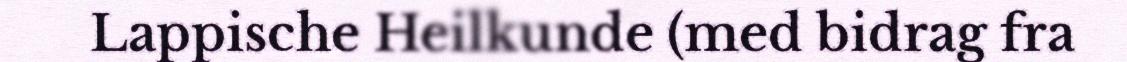
Lappische Heilkunde (med bidrag fra